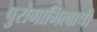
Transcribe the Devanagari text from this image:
पुरोगामित्वाची